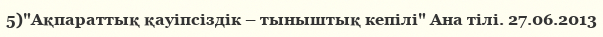
5)"Ақпараттық қауіпсіздік – тыныштық кепілі" Ана тілі. 27.06.2013